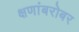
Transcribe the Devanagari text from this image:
क्षणांबरोबर